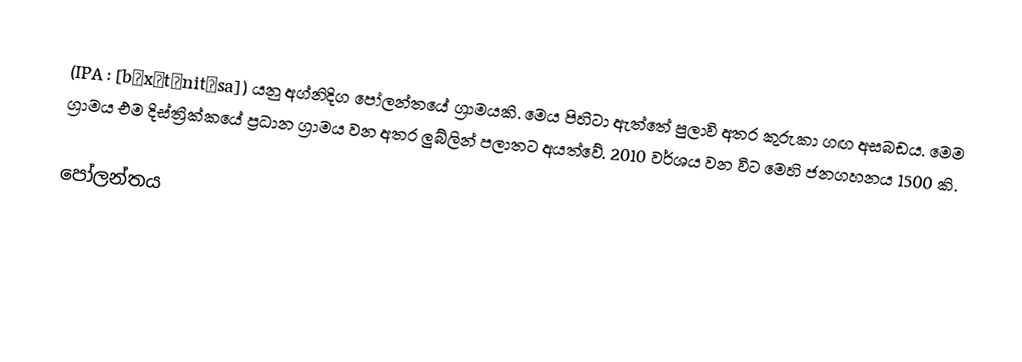
(IPA : [bɔxɔtˈnit͡sa]) යනු අග්නිදිග පෝලන්තයේ ග්‍රාමයකි. මෙය පිහිටා ඇත්තේ පුලාවි අතර කුරුකා ගඟ අසබඩය. මෙම ග්‍රාමය එම දිස්ත්‍රික්කයේ ප්‍රධාන ග්‍රාමය වන අතර ලුබ්ලින් පලාතට අයත්වේ. 2010 වර්ශය වන විට මෙහි ජනගහනය 1500 කි.

පෝලන්තය